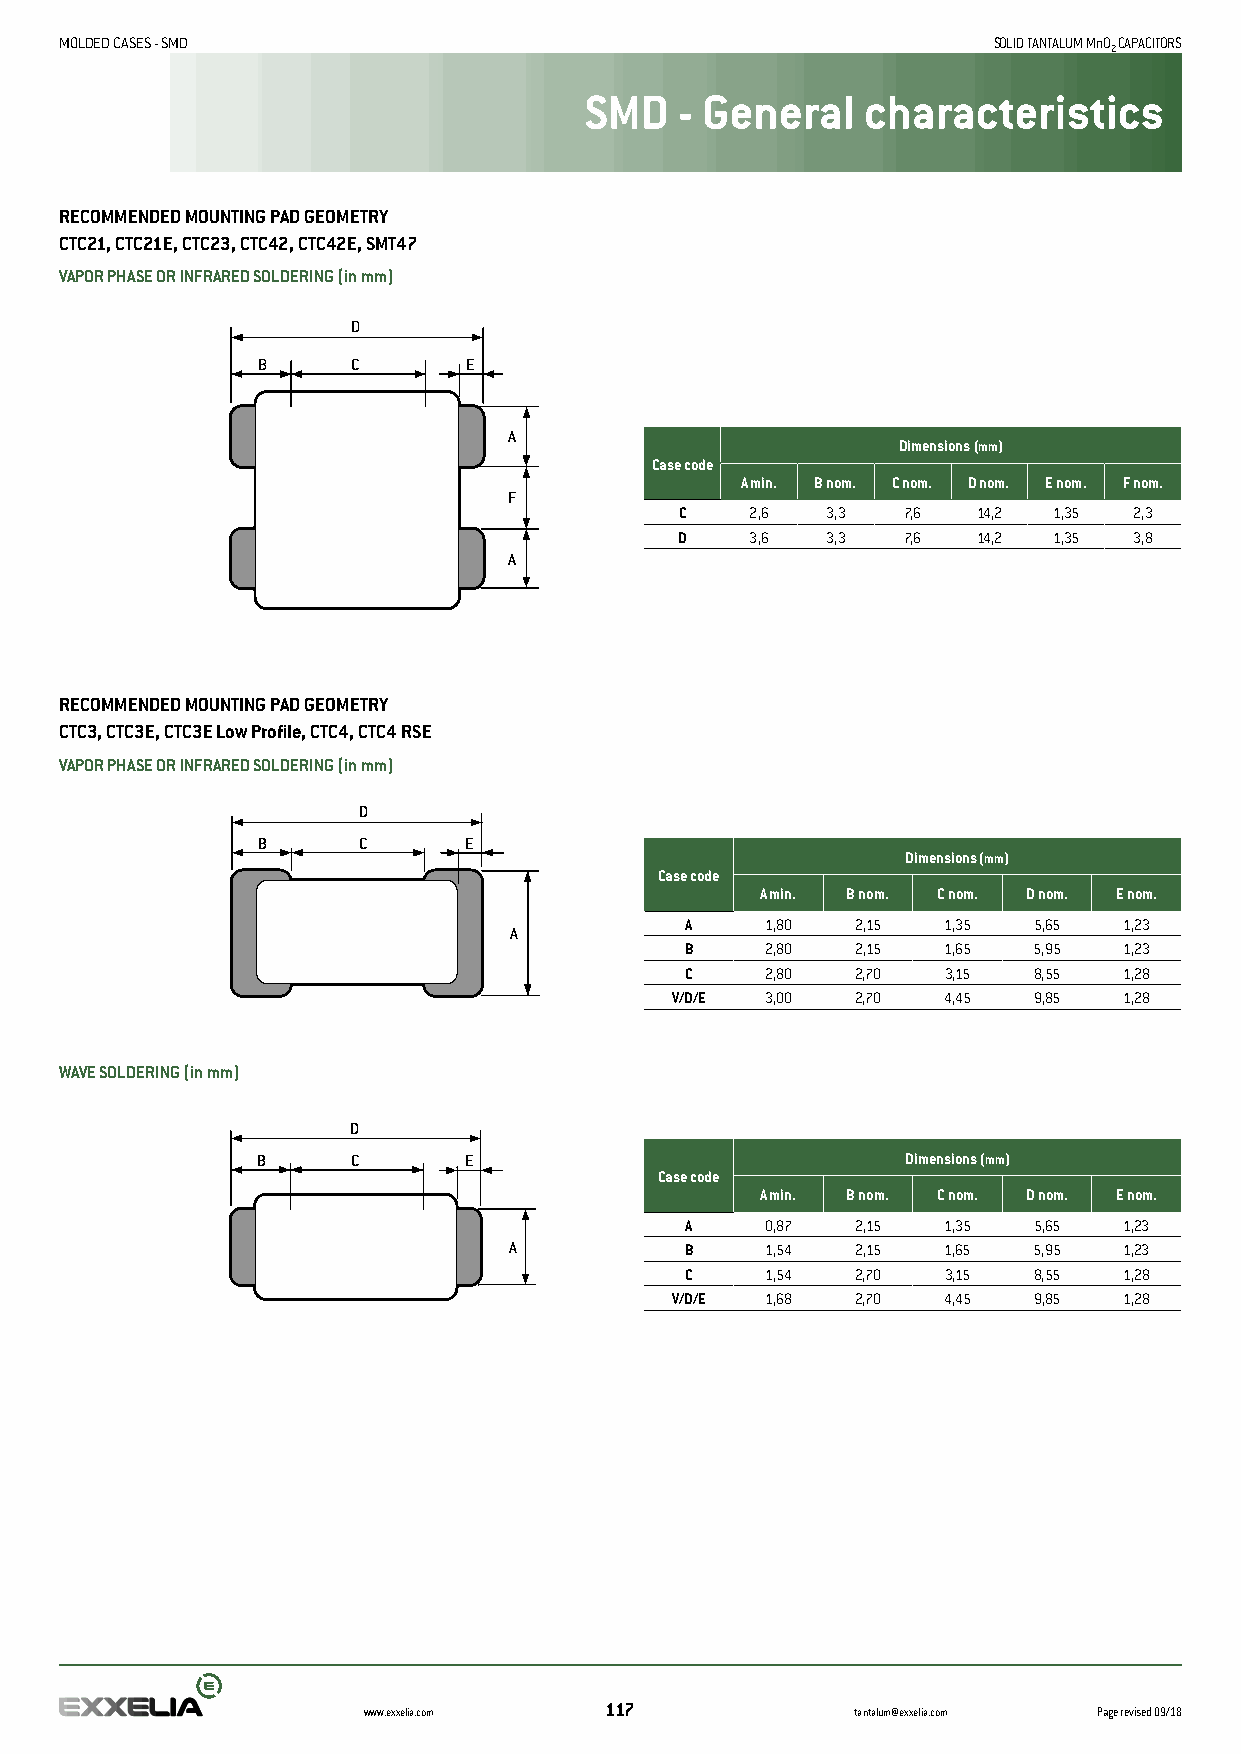
MOLDED CASES - SMD                                            SOLID TANTALUM MnO CAPACITORS
 2
 SMD   - General   characteristics
 RECOMMENDED MOUNTING PAD GEOMETRY
 CTC21, CTC21E, CTC23, CTC42, CTC42E, SMT47
 VAPOR PHASE OR INFRARED SOLDERING (in mm)
 D
 B     C       E
 A
 Dimensions (mm)
 Case code
 A min. B nom. C nom. D nom. E nom. F nom.
 F
 C    2,6  3,3  7,6  14,2 1,35 2,3
 D    3,6  3,3  7,6  14,2 1,35 3,8
 A
 RECOMMENDED MOUNTING PAD GEOMETRY
 CTC3, CTC3E, CTC3E Low Profile, CTC4, CTC4 RSE
 VAPOR PHASE OR INFRARED SOLDERING (in mm)
 D
 B      C      E
 Dimensions (mm)
 Case code
 A min. B nom. C nom. D nom. E nom.
 A     1,80  2,15 1,35  5,65  1,23
 A
 B     2,80  2,15 1,65  5,95  1,23
 C     2,80  2,70  3,15 8,55  1,28
 V/D/E  3,00  2,70 4,45  9,85  1,28
 WAVE SOLDERING (in mm)
 D
 B     C       E                            Dimensions (mm)
 Case code
 A min. B nom. C nom. D nom. E nom.
 A     0,87  2,15 1,35  5,65  1,23
 A          B     1,54  2,15 1,65  5,95  1,23
 C     1,54  2,70 3,15  8,55  1,28
 V/D/E  1,68  2,70 4,45  9,85  1,28
 www.exxelia.com 117              tantalum@exxelia.com Page revised 09/18